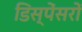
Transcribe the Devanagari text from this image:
डिस्पेंसरों